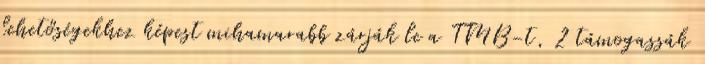
lehetőségekhez képest mihamarabb zárják le a TMB-t, 2 támogassák